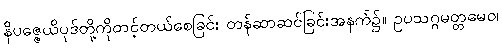
နိပဇ္ဇေယိပုဒ်တို့ကိုတင့်တယ်စေခြင်း တန်ဆာဆင်ခြင်းအနက်၌။ ဥပသဂ္ဂမတ္တမေဝ၊